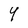
Character: 9